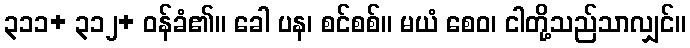
၃၁၁+ ၃၁၂+ ဝန်ခံ၏။ ခေါ ပန၊ စင်စစ်။ မယံ စေဝ၊ ငါတို့သည်သာလျှင်။